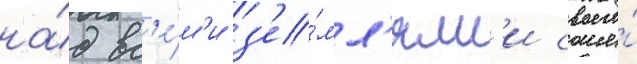
на́д вс'е́м'и з'е́мл'ям'и своего́